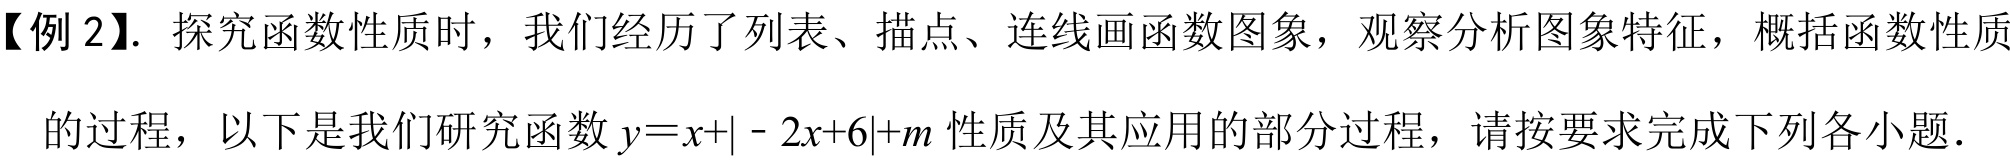
【例 2】. 探究函数性质时，我们经历了列表、描点、连线画函数图象，观察分析图象特征，概括函数性质
的过程，以下是我们研究函数\(y = x+\vert - 2x + 6\vert+m\)性质及其应用的部分过程，请按要求完成下列各小题.